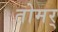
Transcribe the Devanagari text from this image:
तोमर्